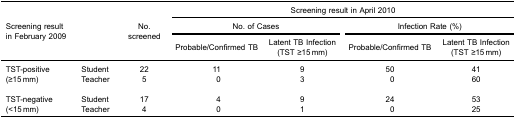
<table><thead><tr><td rowspan="5"><b>Screening resultin February 2009</b></td><td rowspan="5"><b> </b></td><td rowspan="5"><b>No.screened</b></td><td colspan="4"><b>Screening result in April 2010</b></td></tr><tr><td colspan="2"><b>No. of Cases</b></td><td colspan="2"><b>Infection Rate (%)</b></td></tr><tr><td><b>Probable/Confirmed TB</b></td><td><b>Latent TB Infection(TST ≥15 mm)</b></td><td><b>Probable/Confirmed TB</b></td><td><b>Latent TB Infection(TST ≥15 mm)</b></td></tr></thead><tbody><tr><td rowspan="2">TST-positive(≥15 mm)</td><td>Student</td><td>22</td><td>11</td><td>9</td><td>50</td><td>41</td></tr><tr><td>Teacher</td><td>5</td><td>0</td><td>3</td><td>0</td><td>60</td></tr><tr><td></td><td> </td><td> </td><td> </td><td> </td><td> </td><td> </td></tr><tr><td rowspan="2">TST-negative(&lt;15 mm)</td><td>Student</td><td>17</td><td>4</td><td>9</td><td>24</td><td>53</td></tr><tr><td>Teacher</td><td>4</td><td>0</td><td>1</td><td>0</td><td>25</td></tr></tbody></table>